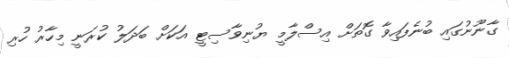
ގާނޫނުގައި ބުނެފައިވާ ގޮތަށް އިސްލާމީ ޔުނިވާސިޓީ އަކަށް ބަދަލު ކުރަނީ މިހާރު ހުރި